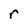
Character: r